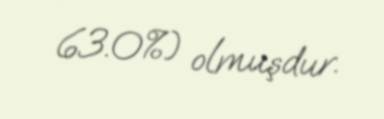
63.0%) olmuşdur.